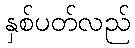
နှစ်ပတ်လည်